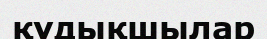
құдықшылар